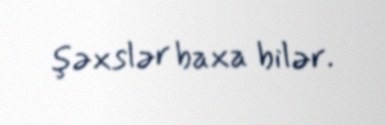
şəxslər baxa bilər.